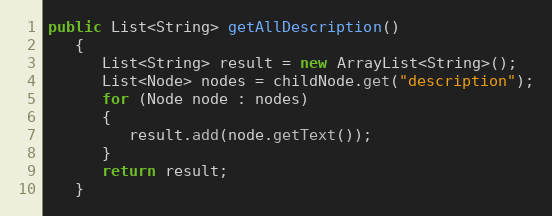
Language: Java
public List<String> getAllDescription()
   {
      List<String> result = new ArrayList<String>();
      List<Node> nodes = childNode.get("description");
      for (Node node : nodes)
      {
         result.add(node.getText());
      }
      return result;
   }